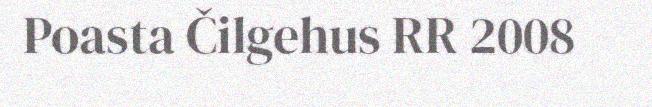
Poasta Čilgehus RR 2008